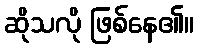
ဆိုသလို ဖြစ်နေ၏။